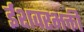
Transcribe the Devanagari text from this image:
ईशवरभक्ती